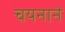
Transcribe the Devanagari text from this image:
चयनाने